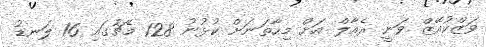
ވަޒްކުއޭޒް ވަނީ ރެއާލް އަށް މިހާތަނަށް ކުޅުނު 128 މެޗުގައި 16 ލަނޑު